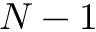
N - 1